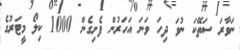
ނަވާރަ ސަތޭކަ ނުވަ ދިހަ ވަނަ އަހަރުން ފެށިގެން 1000 ކިލޯ މީޓަރުގެ